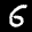
Label: 6